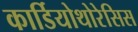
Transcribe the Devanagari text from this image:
कार्डियोथोरेसिस